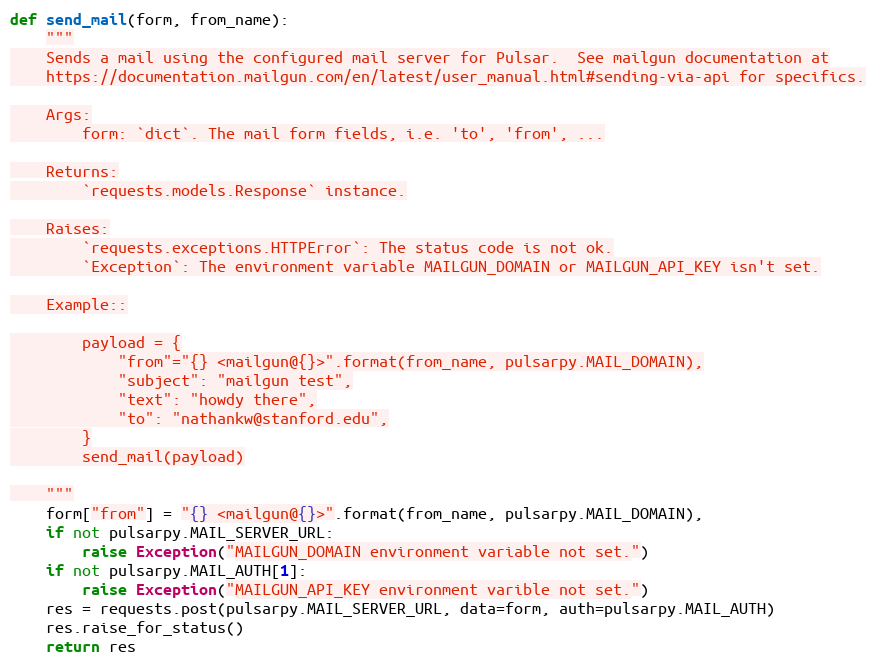
Language: Python
def send_mail(form, from_name):
    """
    Sends a mail using the configured mail server for Pulsar.  See mailgun documentation at
    https://documentation.mailgun.com/en/latest/user_manual.html#sending-via-api for specifics.

    Args:
        form: `dict`. The mail form fields, i.e. 'to', 'from', ...

    Returns:
        `requests.models.Response` instance.

    Raises:
        `requests.exceptions.HTTPError`: The status code is not ok.
        `Exception`: The environment variable MAILGUN_DOMAIN or MAILGUN_API_KEY isn't set.

    Example::

        payload = {
            "from"="{} <mailgun@{}>".format(from_name, pulsarpy.MAIL_DOMAIN),
            "subject": "mailgun test",
            "text": "howdy there",
            "to": "nathankw@stanford.edu",
        }
        send_mail(payload)

    """
    form["from"] = "{} <mailgun@{}>".format(from_name, pulsarpy.MAIL_DOMAIN),
    if not pulsarpy.MAIL_SERVER_URL:
        raise Exception("MAILGUN_DOMAIN environment variable not set.")
    if not pulsarpy.MAIL_AUTH[1]:
        raise Exception("MAILGUN_API_KEY environment varible not set.")
    res = requests.post(pulsarpy.MAIL_SERVER_URL, data=form, auth=pulsarpy.MAIL_AUTH)
    res.raise_for_status()
    return res